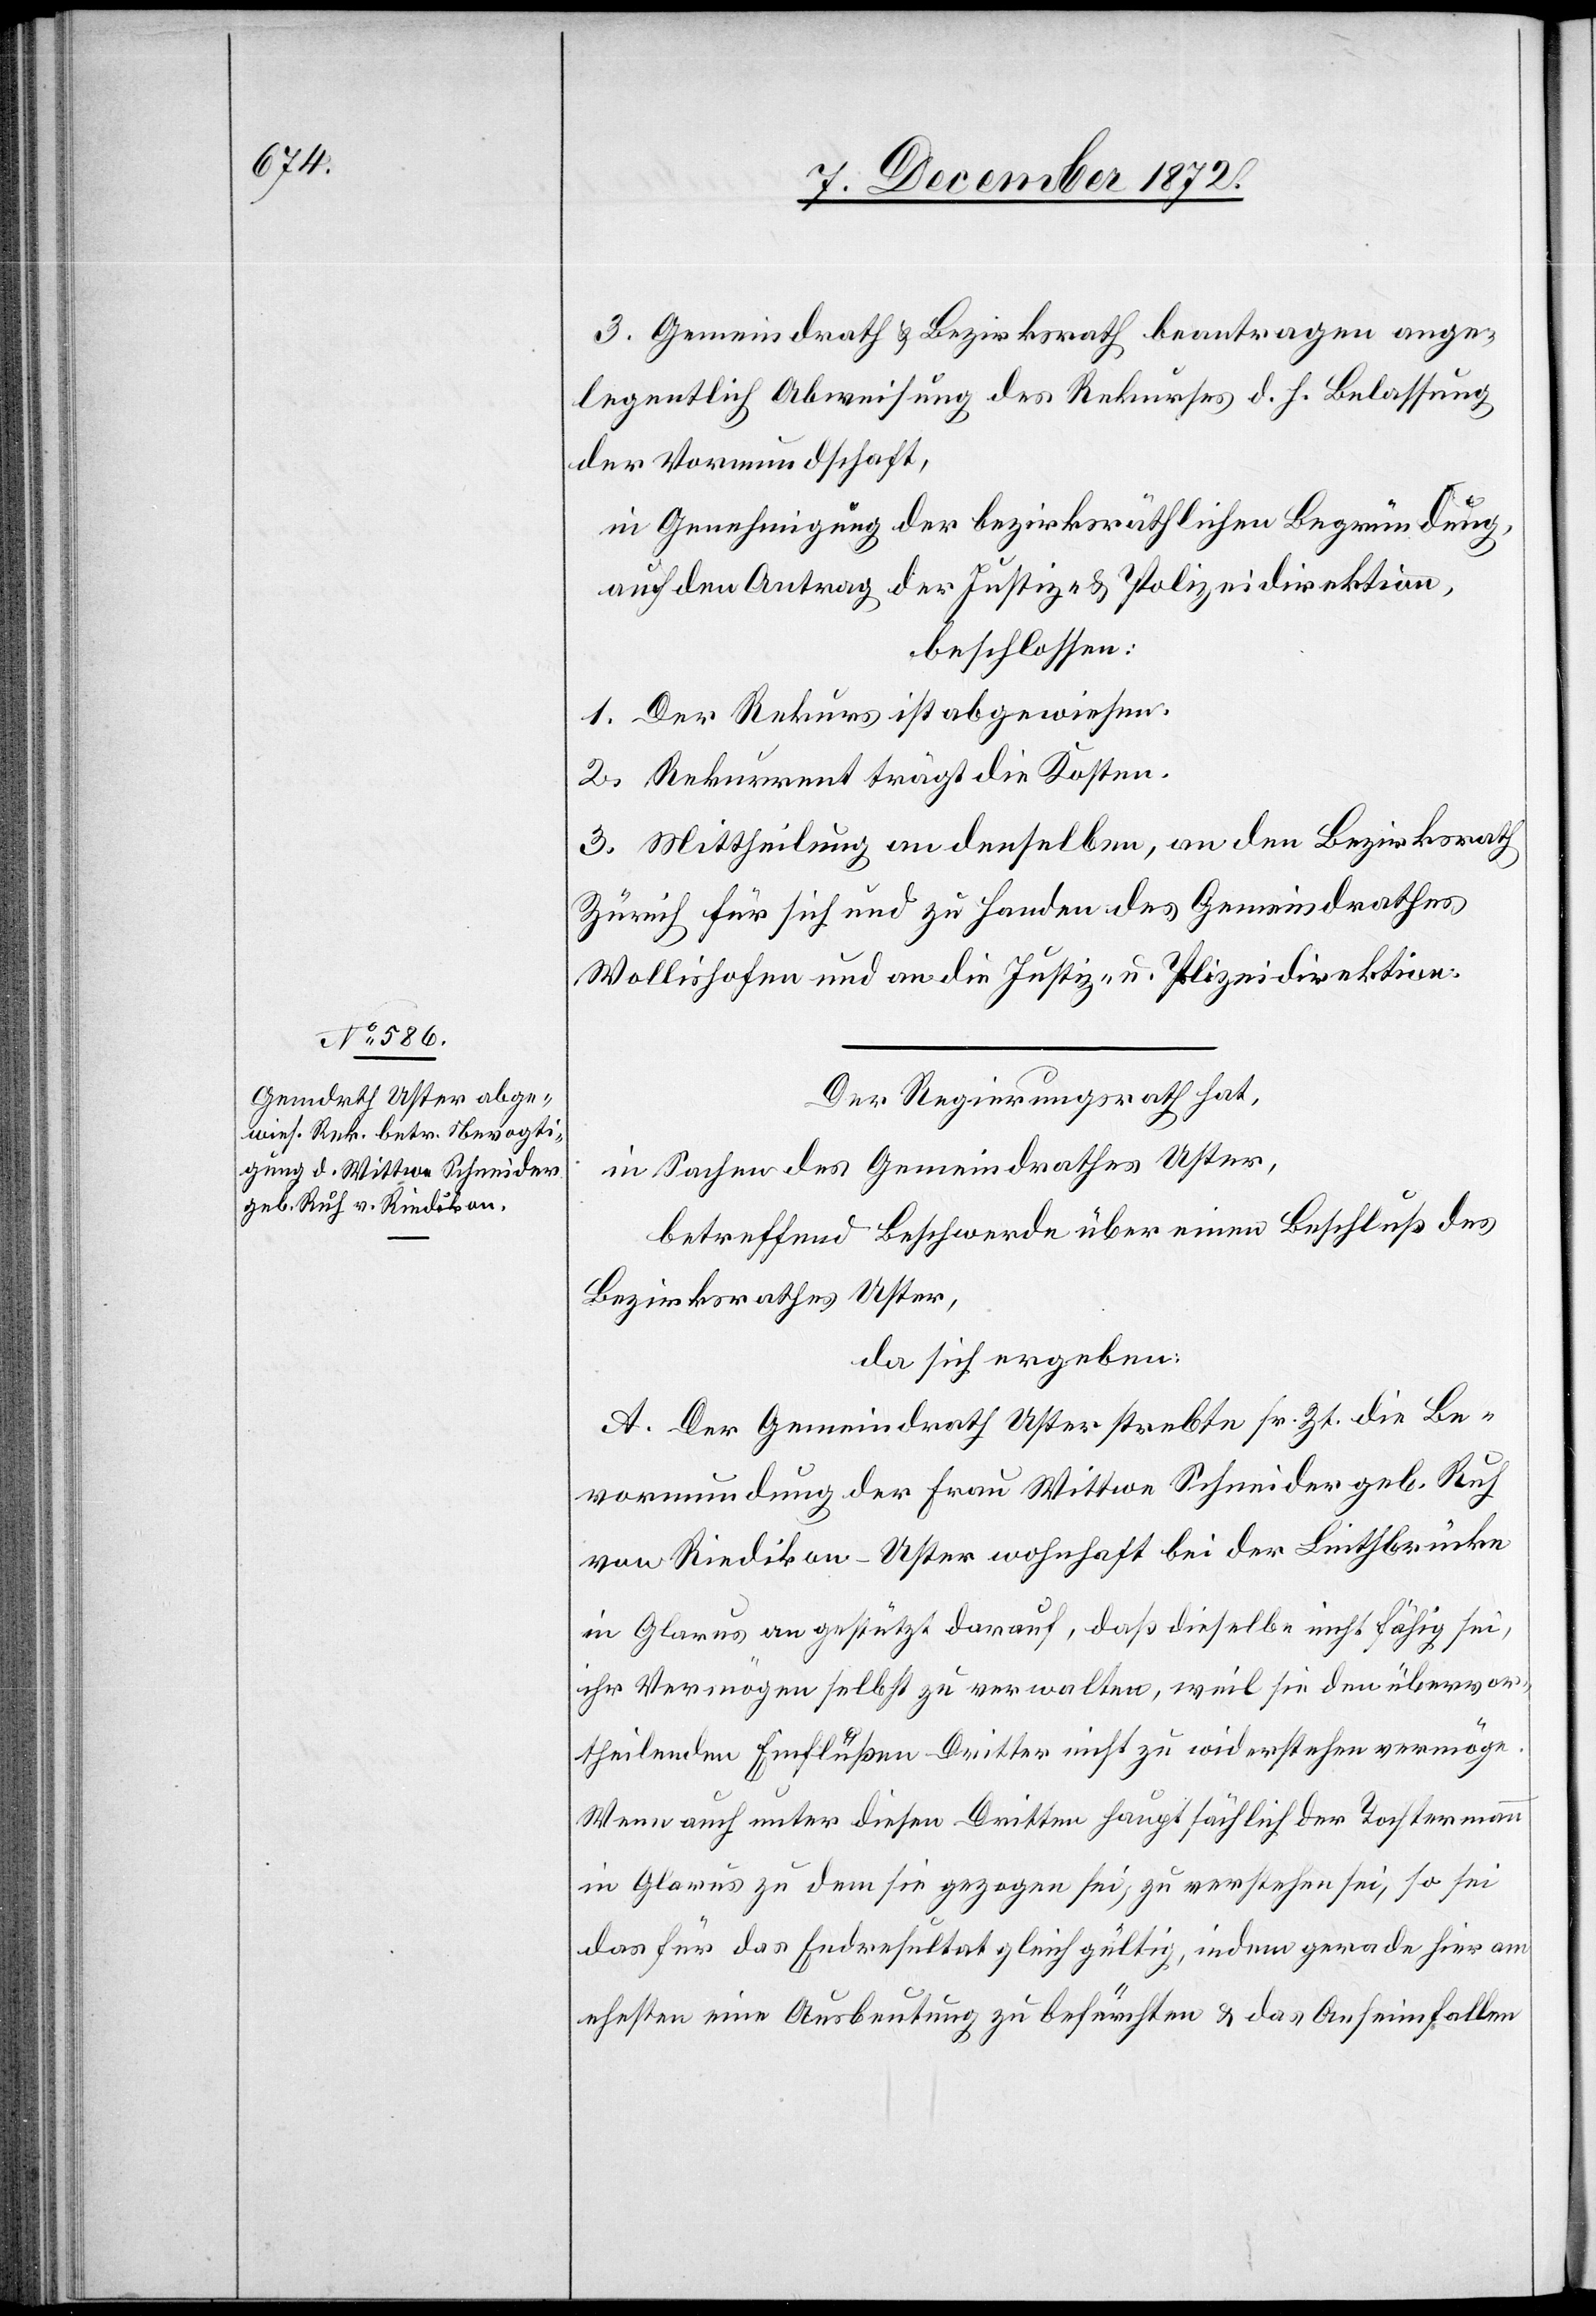
3. Gemeindrath u. Bezirksrath beantragen ange¬
legentlich Abweisung des Rekurses d. h. Belassung
der Vormundschaft,
in Genehmigung der bezirksräthlichen Begründung,
auf den Antrag der Justiz- u. Polizeidirektion,
beschlossen:
1. Der Rekurs ist abgewiesen.
2. Rekurrent trägt die Kosten.
3. Mittheilung an denselben, an den Bezirksrath
Zürich für sich und zu Handen des Gemeindrathes
Wollishofen und an die Justiz- u. Polizeidirektion.
Der Regierungsrath hat,
in Sachen des Gemeindrathes Uster,
betreffend Beschwerde über einen Beschluß des
Bezirksrathes Uster,
da sich ergeben:
A. Der Gemeindrath Uster strebte sr. Zt. die Be¬
vormundung der Frau Wittwe Schneider geb. Ruh
von Riedikon - Uster wohnhaft bei der Linthbrücke
in Glarus an gestützt darauf, daß dieselbe nicht fähig sei,
ihr Vermögen selbst zu verwalten, weil sie den übervor¬
theilenden Einflüßen Dritter nicht zu widerstehen vermöge.
Wenn auch unter diesen Dritten hauptsächlich der Tochtermann
in Glarus zu dem sie gezogen sei, zu verstehen sei, so sei
das für das Endresultat gleichgültig, indem gerade hier am
ehesten eine Ausbeutung zu befürchten u. das Anheimfallen